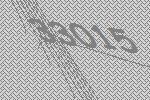
33015